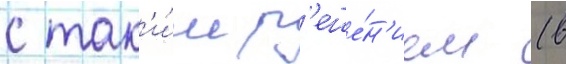
с так'и́м р'еше́н'ием (в